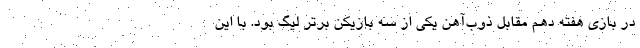
در بازی هفته دهم مقابل ذوب‌آهن یکی از سه بازیکن برتر لیگ بود. با این